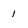
Character: 1